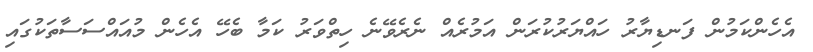
އެހެންކަމުން ފަނޑިޔާރު ހައްޔަރުކުރަން އަމުރެއް ނެރެވޭނެ ހިތްވަރު ކަމާ ބެހޭ އެހެން މުއައްސަސާތަކުގައި